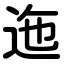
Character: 迤